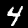
Label: 4